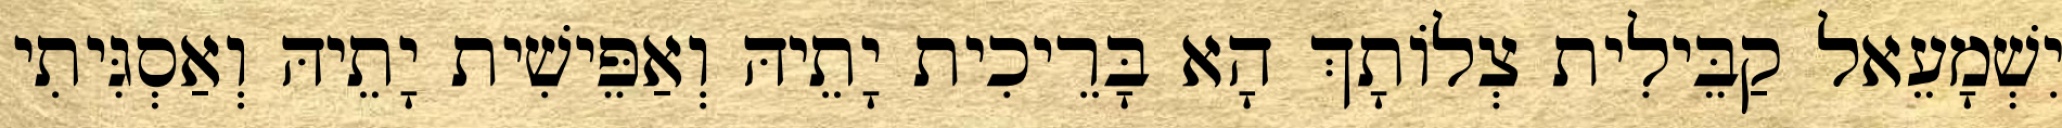
יִשְׁמָעֵאל קַבֵּילִית צְלוֹתָךְ הָא בָּרֵיכִית יָתֵיהּ וְאַפֵּישִׁית יָתֵיהּ וְאַסְגִּיתִי